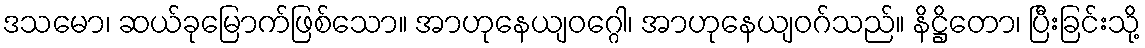
ဒသမော၊ ဆယ်ခုမြောက်ဖြစ်သော။ အာဟုနေယျဝဂ္ဂေါ၊ အာဟုနေယျဝဂ်သည်။ နိဋ္ဌိတော၊ ပြီးခြင်းသို့